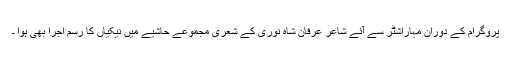
پروگرام کے دوران مہاراشٹر سے آئے شاعر عرفان شاہ نوری کے شعری مجموعے حاشیے میں نیکیاں کا رسم اجرا بھی ہوا ۔